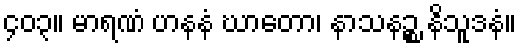
၄၀၃။ မာရဏံ ဟနနံ ဃာတော၊ နာသနဉ္စ နိသူဒနံ။